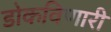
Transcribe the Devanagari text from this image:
डोकविणारी